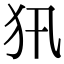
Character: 𤜢